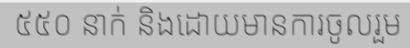
៥៥០ នាក់ និងដោយមានការចូលរួម